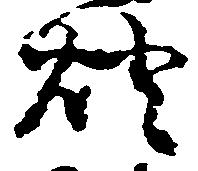
燈